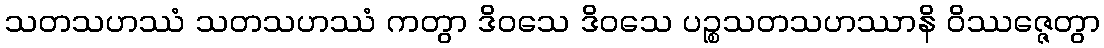
သတသဟဿံ သတသဟဿံ ကတွာ ဒိဝသေ ဒိဝသေ ပဉ္စသတသဟဿာနိ ဝိဿဇ္ဇေတွာ